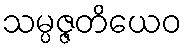
သမ္ပဇ္ဇတိယေဝ